Parnu-Viljandi_kinnistusamet, lk 168
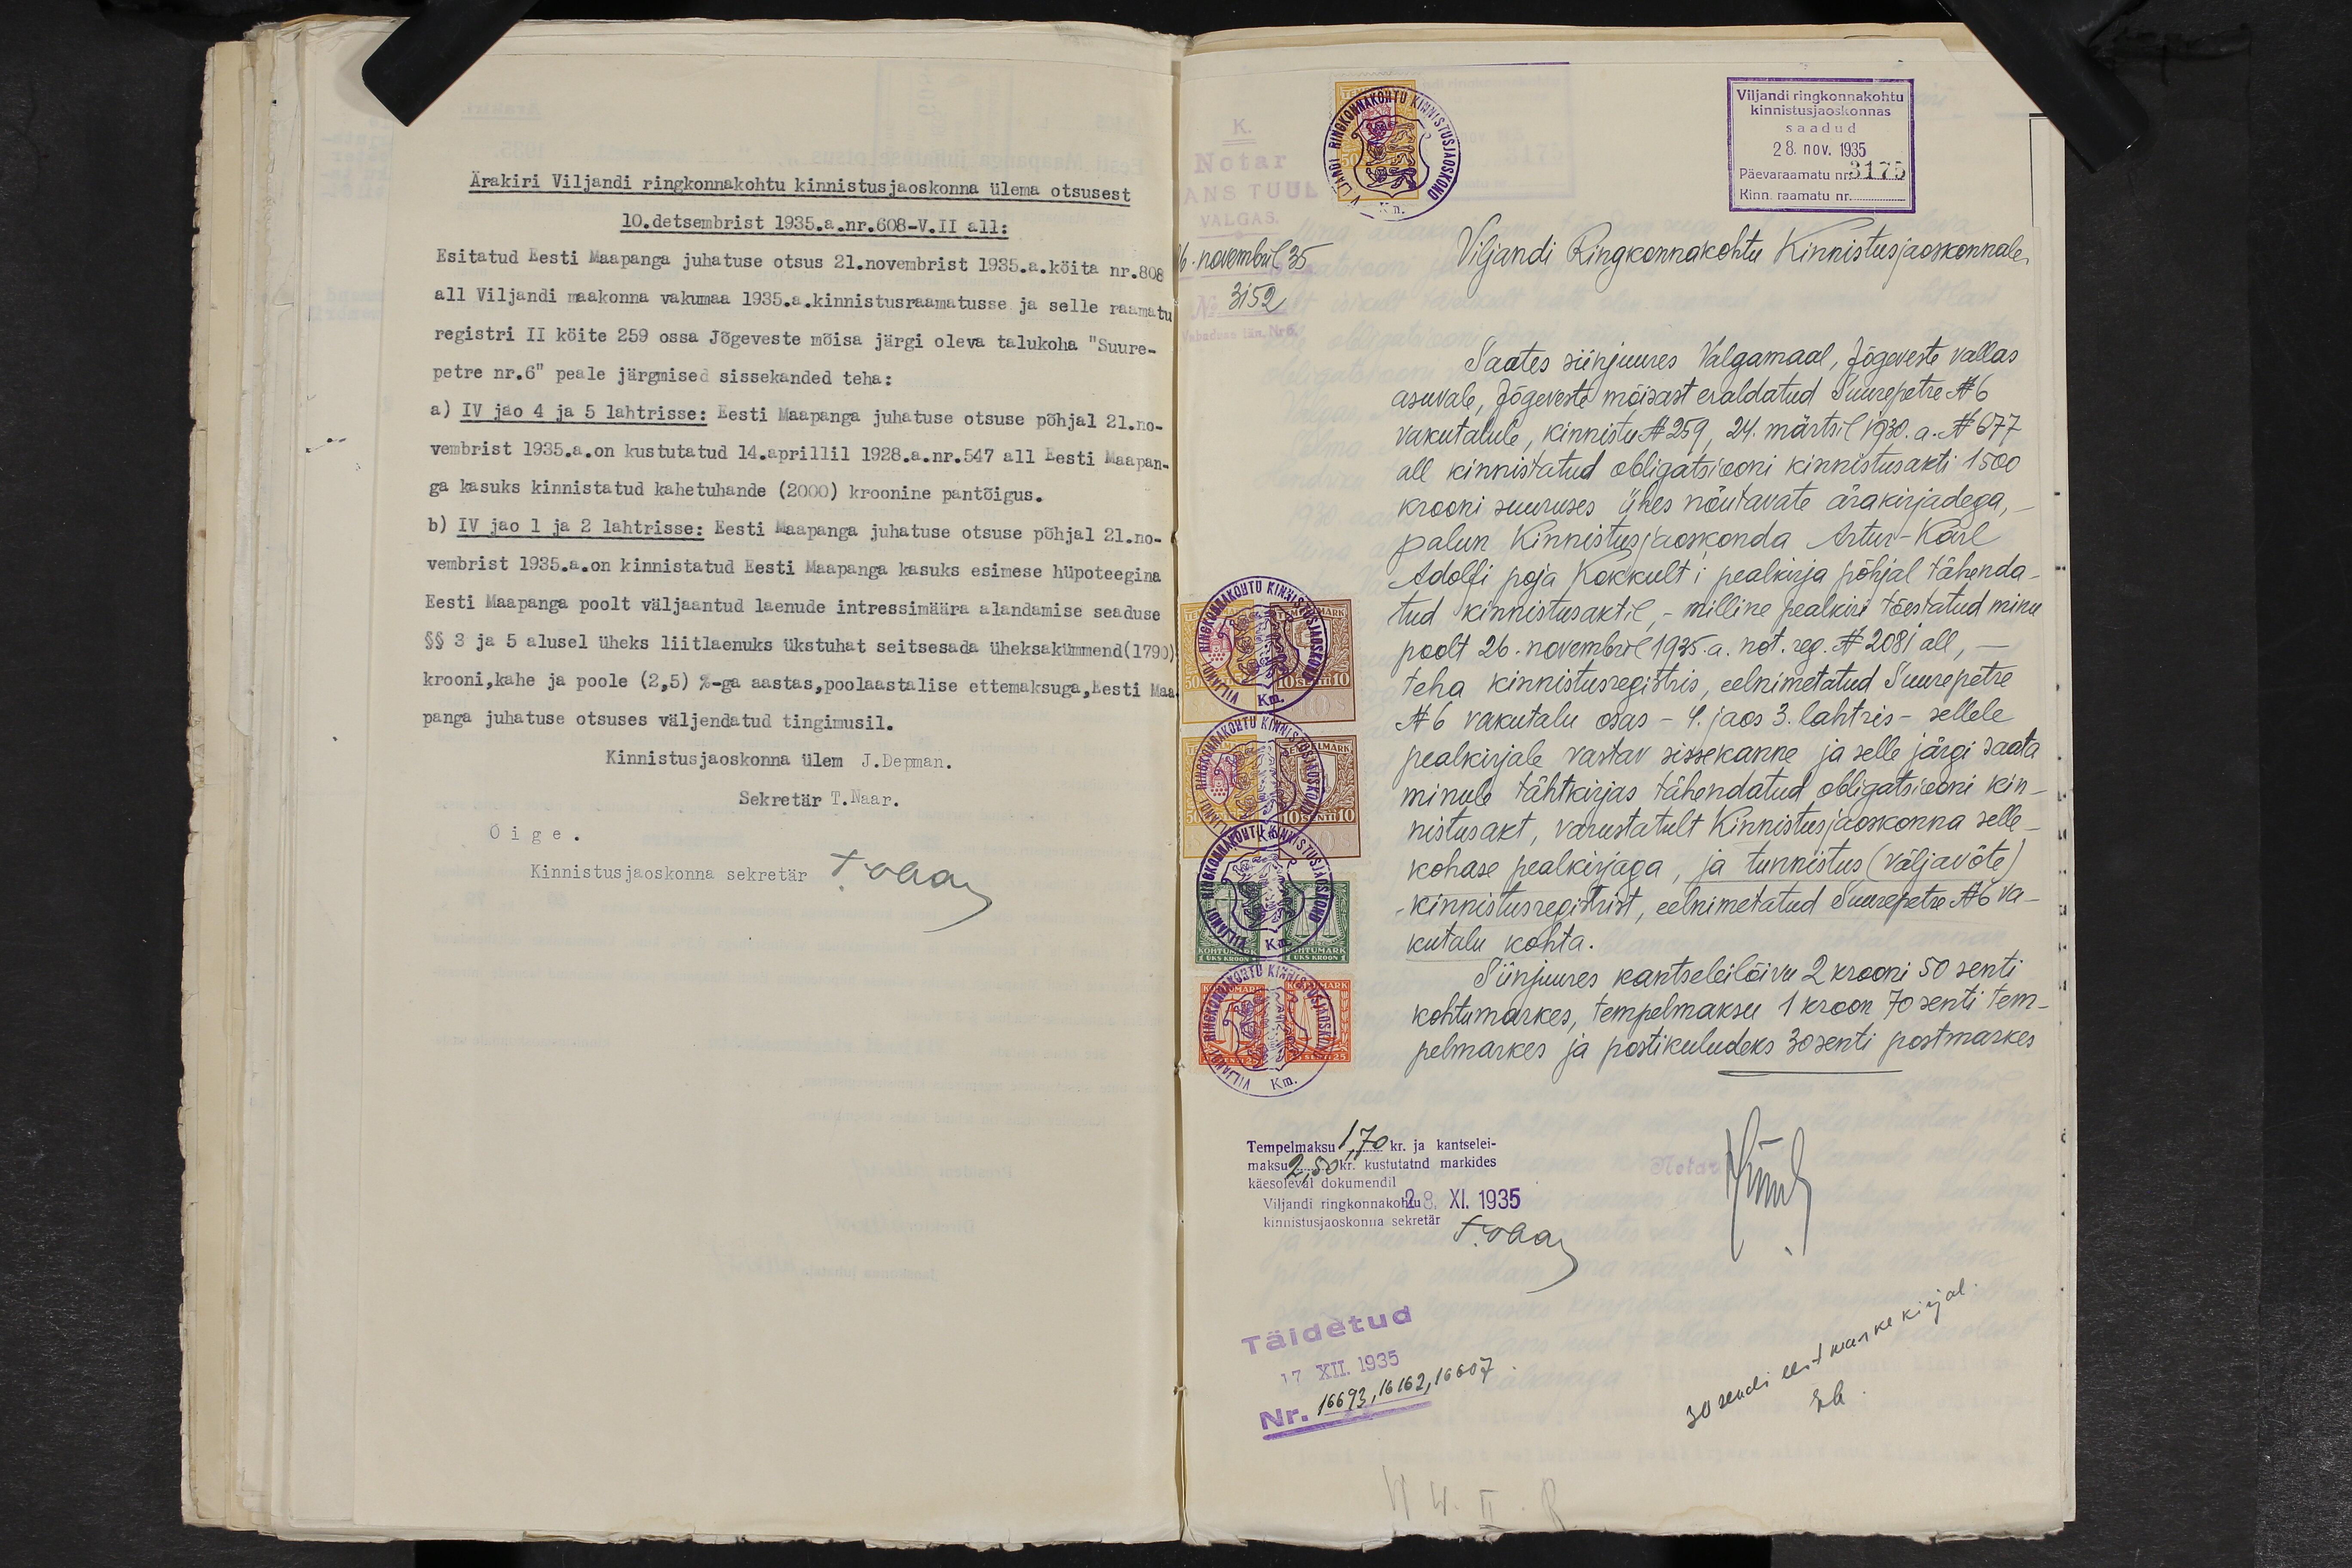
Ärakiri Viljandi ringkonnakohtu kinnistusjaoskonna ülema otsusest
10. detsembrist 1935.a. nr. 608 - V.II all:
Esitatud Eesti Maapanga juhatuse otsus 21. novembrist 1935.a. köita nr. 808
all Viljandi maakonna vakumaa 1935.a. kinnistusraamatusse ja selle raamatu
registri II köite 259 ossa Jõgeveste mõisa järgi oleva talukoha "Suure-
petre nr.6" peale järgmised sissekanded teha:
a) IV jao 4 ja 5 lahtrisse: Eesti Maapanga juhatuse otsuse põhjal 21. no-
vembrist 1935.a. on kustutatud 14. aprillil 1928.a. nr. 547 all Eesti Maapan-
ga kasuks kinnistatud kahetuhande (2000) kroonine pantõigus.
b) IV jao 1 ja 2 lahtrisse: Eesti Maapanga juhatuse otsuse põhjal 21. no-
vembrist 1935.a. on kinnistatud Eesti Maapanga kasuks esimese hüpoteegina
Eesti Maapanga poolt väljaantud laenude intressimäära alandamise seaduse
§§ 3 ja 5 alusel üheks liitlaenuks ükstuhat seitsesada üleksakümmend (1790)
krooni, kahe ja poole (2,5) %-ga aastas, poolaastalise ettemaksuga, Eesti Maa-
panga juhatuse otsuses väljendatud tingimusil.
Kinnistusjaoskonna ülem J.Depman.
Sekretär T. Naar.
Õige.
Kinnistusjaoskonna sekretär TNaar

Viljandi  ringkonnakohtu
kinnistusjaoskonnas
saadud
28. nov. 1935
Päevaraamatu nr 3175
Kinn. raamatu nr.
6. novembril 35
3152
Viljandi Ringkonnakohtu Kinnistusjaoskonnale
Saates siinjuures Valgamaal, Jõgeveste vallas
asuvale, Jõgeveste mõisast eraldatud Suurepetre N 6
vakutalule, kinnistu N 259, 24. märtsil 1930. a. N 677
all kinnistatud obligatsiooni kinnistusakti 1500
krooni suuruses ühes nõutavate ärakirjadega,
palun Kinnistusjaoskonda Artur-Karl
Adolfi poja Kokkult´i pealkirja põhjal tähenda-
tud kinnistusaktil, - milline pealkiri tõestatud minu
poolt 26. novembril 1935.a. not. reg. N 2081 all,
teha kinnistusregistris, eelnimetatud Suurepetre
N 6 vakutalu osas - 4. jaos 3. lahtris - sellele
pealkirjale vastav sissekanne ja selle järgi saata
minule tähtkirjas tähendatud obligatsiooni kin-
nistusakt, varustatult Kinnistusjaoskonna selle-
kohase pealkirjaga, ja tunnistus (väljavõte)
kinnistusregistrist, eelnimetatud Suurepetre N6 va-
kutalu kohta.
Siinjuures kantseleilõivu 2 krooni 50 senti
kohtumarkes, tempelmaksu 1 kroon 70 senti tem-
pelmarkes ja postikuludeks 30 senti postmarkes
Tempelmaksu 1,70 kr. ja kantselei-
maksu 2,50 kr. kustutatnd markides
käesoleval dokumendil
Viljandi ringkonnakohtu
28. XI.1935
kinnistusjaoskonna sekretär T.Naar
Notar HTuul
Täidetud
17 XII. 1935
Nr. 16693, 16162, 16607.
30 sendi eest marke kirjal.